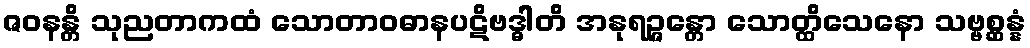
ဇဝနန္တိ သုညတာကထံ သောတာဝဓာနပဋိဗဒ္ဓါတိ အနုရဉ္ဇန္တော သောတ္ထိသေနော သဗ္ဗစ္ဆန္နံ